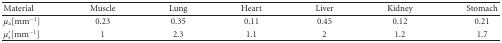
<table><thead><tr><td><b>Material</b></td><td><b>Muscle</b></td><td><b>Lung</b></td><td><b>Heart</b></td><td><b>Liver</b></td><td><b>Kidney</b></td><td><b>Stomach</b></td></tr></thead><tbody><tr><td><i>μ</i><sub>a</sub>[mm<sup>−1</sup>]</td><td>0.23</td><td>0.35</td><td>0.11</td><td>0.45</td><td>0.12</td><td>0.21</td></tr><tr><td><i>μ</i><sub>s</sub>′[mm<sup>−1</sup>]</td><td>1</td><td>2.3</td><td>1.1</td><td>2</td><td>1.2</td><td>1.7</td></tr></tbody></table>